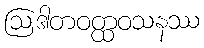
ဩဒါတဝတ္ထဝသနဿ